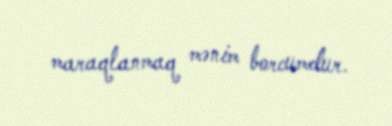
maraqlanmaq mənim borcumdur.